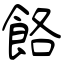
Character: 餎